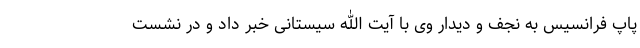
پاپ فرانسیس به نجف و دیدار وی با آیت الله سیستانی خبر داد و در نشست